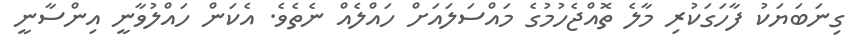
ގިނަބަޔަކު ފާހަގަކުރި މާލެ ތޮއްޖެހުމުގެ މައްސަލައަށް ހައްލެއް ނެތެވެ. އެކަން ހައްލުވާނީ އިންސާނީ